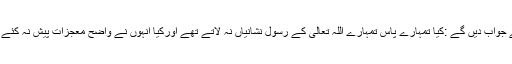
فرشتے جواب دیں گے :کیا تمہارے پاس تمہارے اللہ تعالیٰ کے رسول نشانیاں نہ لاتے تھے اورکیا انہوں نے واضح معجزات پیش نہ کئے تھے ؟